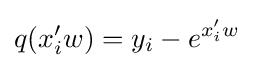
q(x_{i}'w)=y_{i}-e^{x_{i}'w}